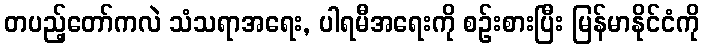
တပည့်တော်ကလဲ သံသရာအရေး, ပါရမီအရေးကို စဉ်းစားပြီး မြန်မာနိုင်ငံကို